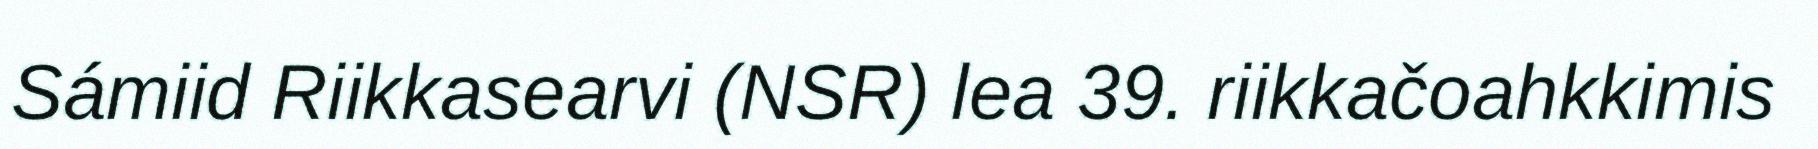
Sámiid Riikkasearvi (NSR) lea 39. riikkačoahkkimis